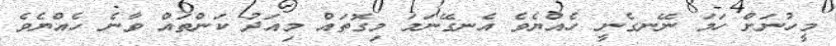
މީހުނަށް ހަމަ ނޭނގެނީ ހެއްޔެވެ އެނގޭނަމަ މިގޮތައް މިއަދު ކަންތައް ވާނެ ހެއްޔެވެ